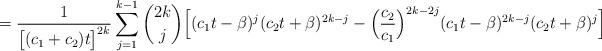
LaTeX: \begin{align*}=\frac{1}{\bigl[(c_1+c_2)t \bigr]^{2k}} \sum_{j=1}^{k-1} \binom{2k}{j} \Bigl[ (c_1t-\beta)^{j}(c_2t+\beta)^{2k-j} - \Bigl(\frac{c_2}{c_1}\Bigr)^{2k-2j}(c_1t-\beta)^{2k-j}(c_2t+\beta)^{j} \Bigr]\end{align*}